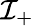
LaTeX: \mathcal{I}_{+}